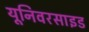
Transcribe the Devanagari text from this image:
यूनिवरसाइड